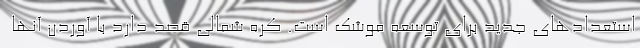
استعدادهای جدید برای توسعه موشک است. کره شمالی قصد دارد با آوردن آنها